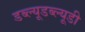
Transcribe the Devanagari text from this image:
डब्ल्यूडब्ल्यूडी